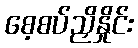
စေ့စပ်ညှိနှိုင်း